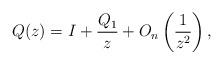
LaTeX: \begin{gather*} Q(z) =I + \frac{Q_1}{z} + O_n\left(\frac{1}{z^2}\right), \end{gather*}